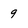
Character: 9